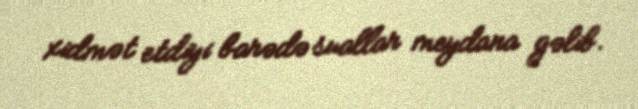
xidmət etdiyi barədə suallar meydana gəlib.